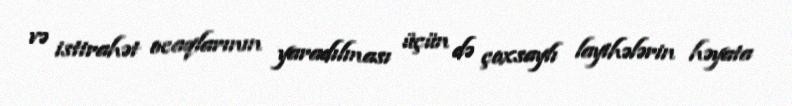
və istirahət ocaqlarının yaradılması üçün də çoxsaylı layihələrin həyata